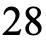
28